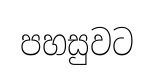
පහසුවට